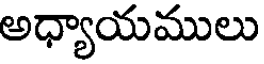
అధ్యాయములు